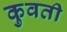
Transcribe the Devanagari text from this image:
कुवती